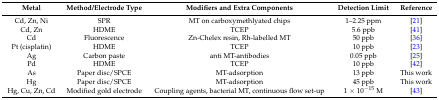
| Metal | Method/Electrode Type | Modifiers and Extra Components | Detection Limit | Reference |
 | --- | --- | --- | --- | --- |
 | Cd, Zn, Ni | SPR | MT on carboxymethlyated chips | 1–2.25 ppm | [21] |
 | Cd, Zn | HDME | TCEP | 5.6 ppb | [41] |
 | Cd | Fluorescence | Zn-Chelex resin, Rh-labelled MT | 50 ppb | [36] |
 | Pt (cisplatin) | HDME | TCEP | 10 ppb | [23] |
 | Ag | Carbon paste | anti MT-antibodies | 0.05 ppb | [25] |
 | Pd | HDME | TCEP | 10 ppb | [42] |
 | As | Paper disc/SPCE | MT-adsorption | 13 ppb | This work |
 | Hg | Paper disc/SPCE | MT-adsorption | 45 ppb | This work |
 | Hg, Cu, Zn, Cd | Modified gold electrode | Coupling agents, bacterial MT, continuous flow set-up | 1 × 10−15 M | [43] |